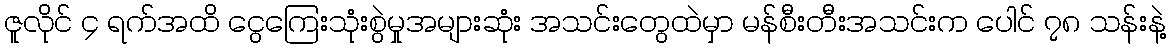
ဇူလိုင် ၄ ရက်အထိ ငွေကြေးသုံးစွဲမှုအများဆုံး အသင်းတွေထဲမှာ မန်စီးတီးအသင်းက ပေါင် ၇၈ သန်းနဲ့